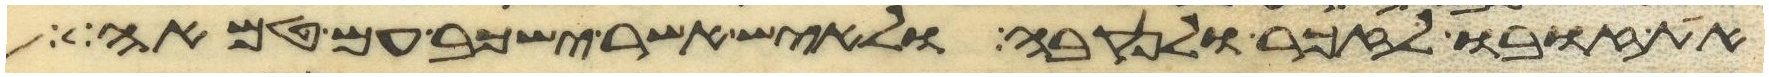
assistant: את זובו לזכר ולנקבה ולאיש אשר ישכב עם טמאה